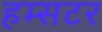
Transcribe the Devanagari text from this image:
हम्सटर